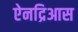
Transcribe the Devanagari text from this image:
ऐनद्रिआस